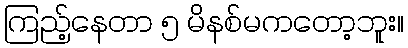
ကြည့်နေတာ ၅ မိနစ်မကတော့ဘူး။